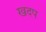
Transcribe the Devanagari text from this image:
खदप